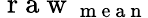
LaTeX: \mathrm{~r~a~w~}_{\mathrm{~m~e~a~n~}}